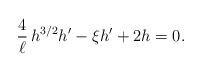
\begin{align*}\frac{4}{\ell}\,h^{3/2}h^\prime-\xi h^\prime+2h=0.\end{align*}